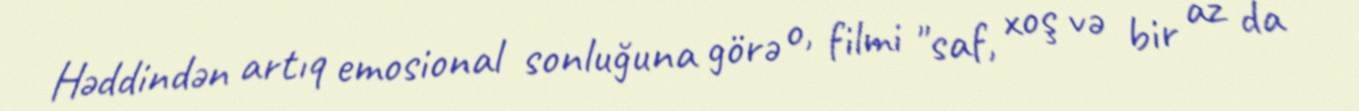
Həddindən artıq emosional sonluğuna görə o, filmi "saf, xoş və bir az da